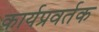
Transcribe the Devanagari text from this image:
कार्यप्रवर्तक